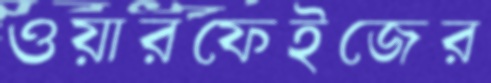
ওয়ারফেইজের